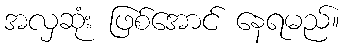
အလှဆုံး ဖြစ်အောင် နေရမည်။